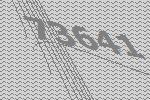
73641